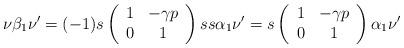
LaTeX: \begin{align*} \nu\beta_1\nu' = (-1)s\left(\begin{array}{cc} 1 & -\gamma p\\ 0 & 1\end{array}\right)s s \alpha_1 \nu' = s\left(\begin{array}{cc} 1 & -\gamma p\\ 0 & 1\end{array}\right) \alpha_1 \nu'\end{align*}